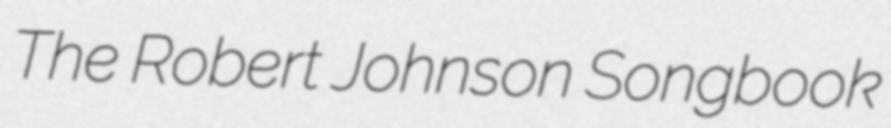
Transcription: The Robert Johnson Songbook